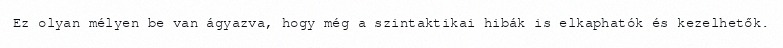
Ez olyan mélyen be van ágyazva, hogy még a szintaktikai hibák is elkaphatók és kezelhetők.